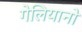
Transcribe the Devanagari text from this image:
गेलियानो